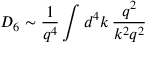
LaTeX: D _ { 6 } \sim \frac { 1 } { q ^ { 4 } } \int d ^ { 4 } k \, \frac { q ^ { 2 } } { k ^ { 2 } q ^ { 2 } }